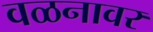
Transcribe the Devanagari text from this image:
वळनावर